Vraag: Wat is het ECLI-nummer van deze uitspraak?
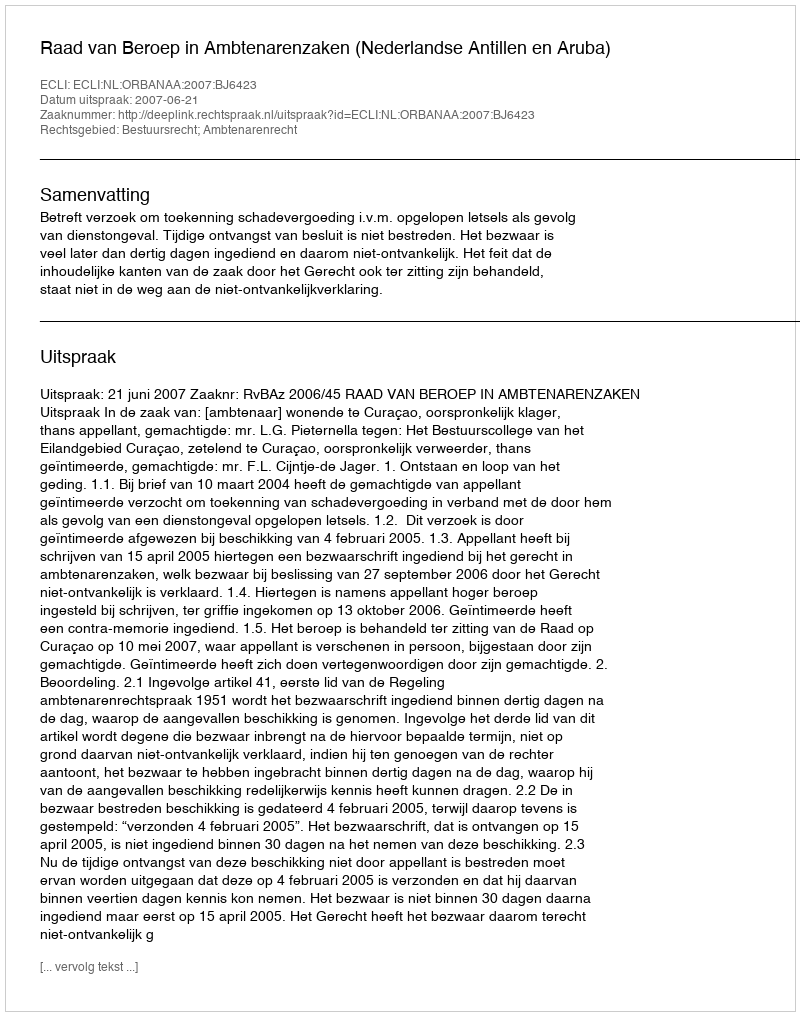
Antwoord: ECLI:NL:ORBANAA:2007:BJ6423